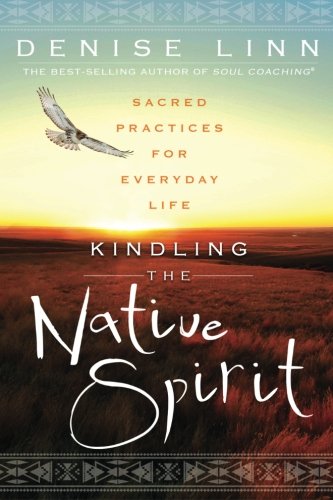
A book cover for Kindling the Native Spirit: Sacred Practices for Everyday Life; Denise Linn; Religion & Spirituality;